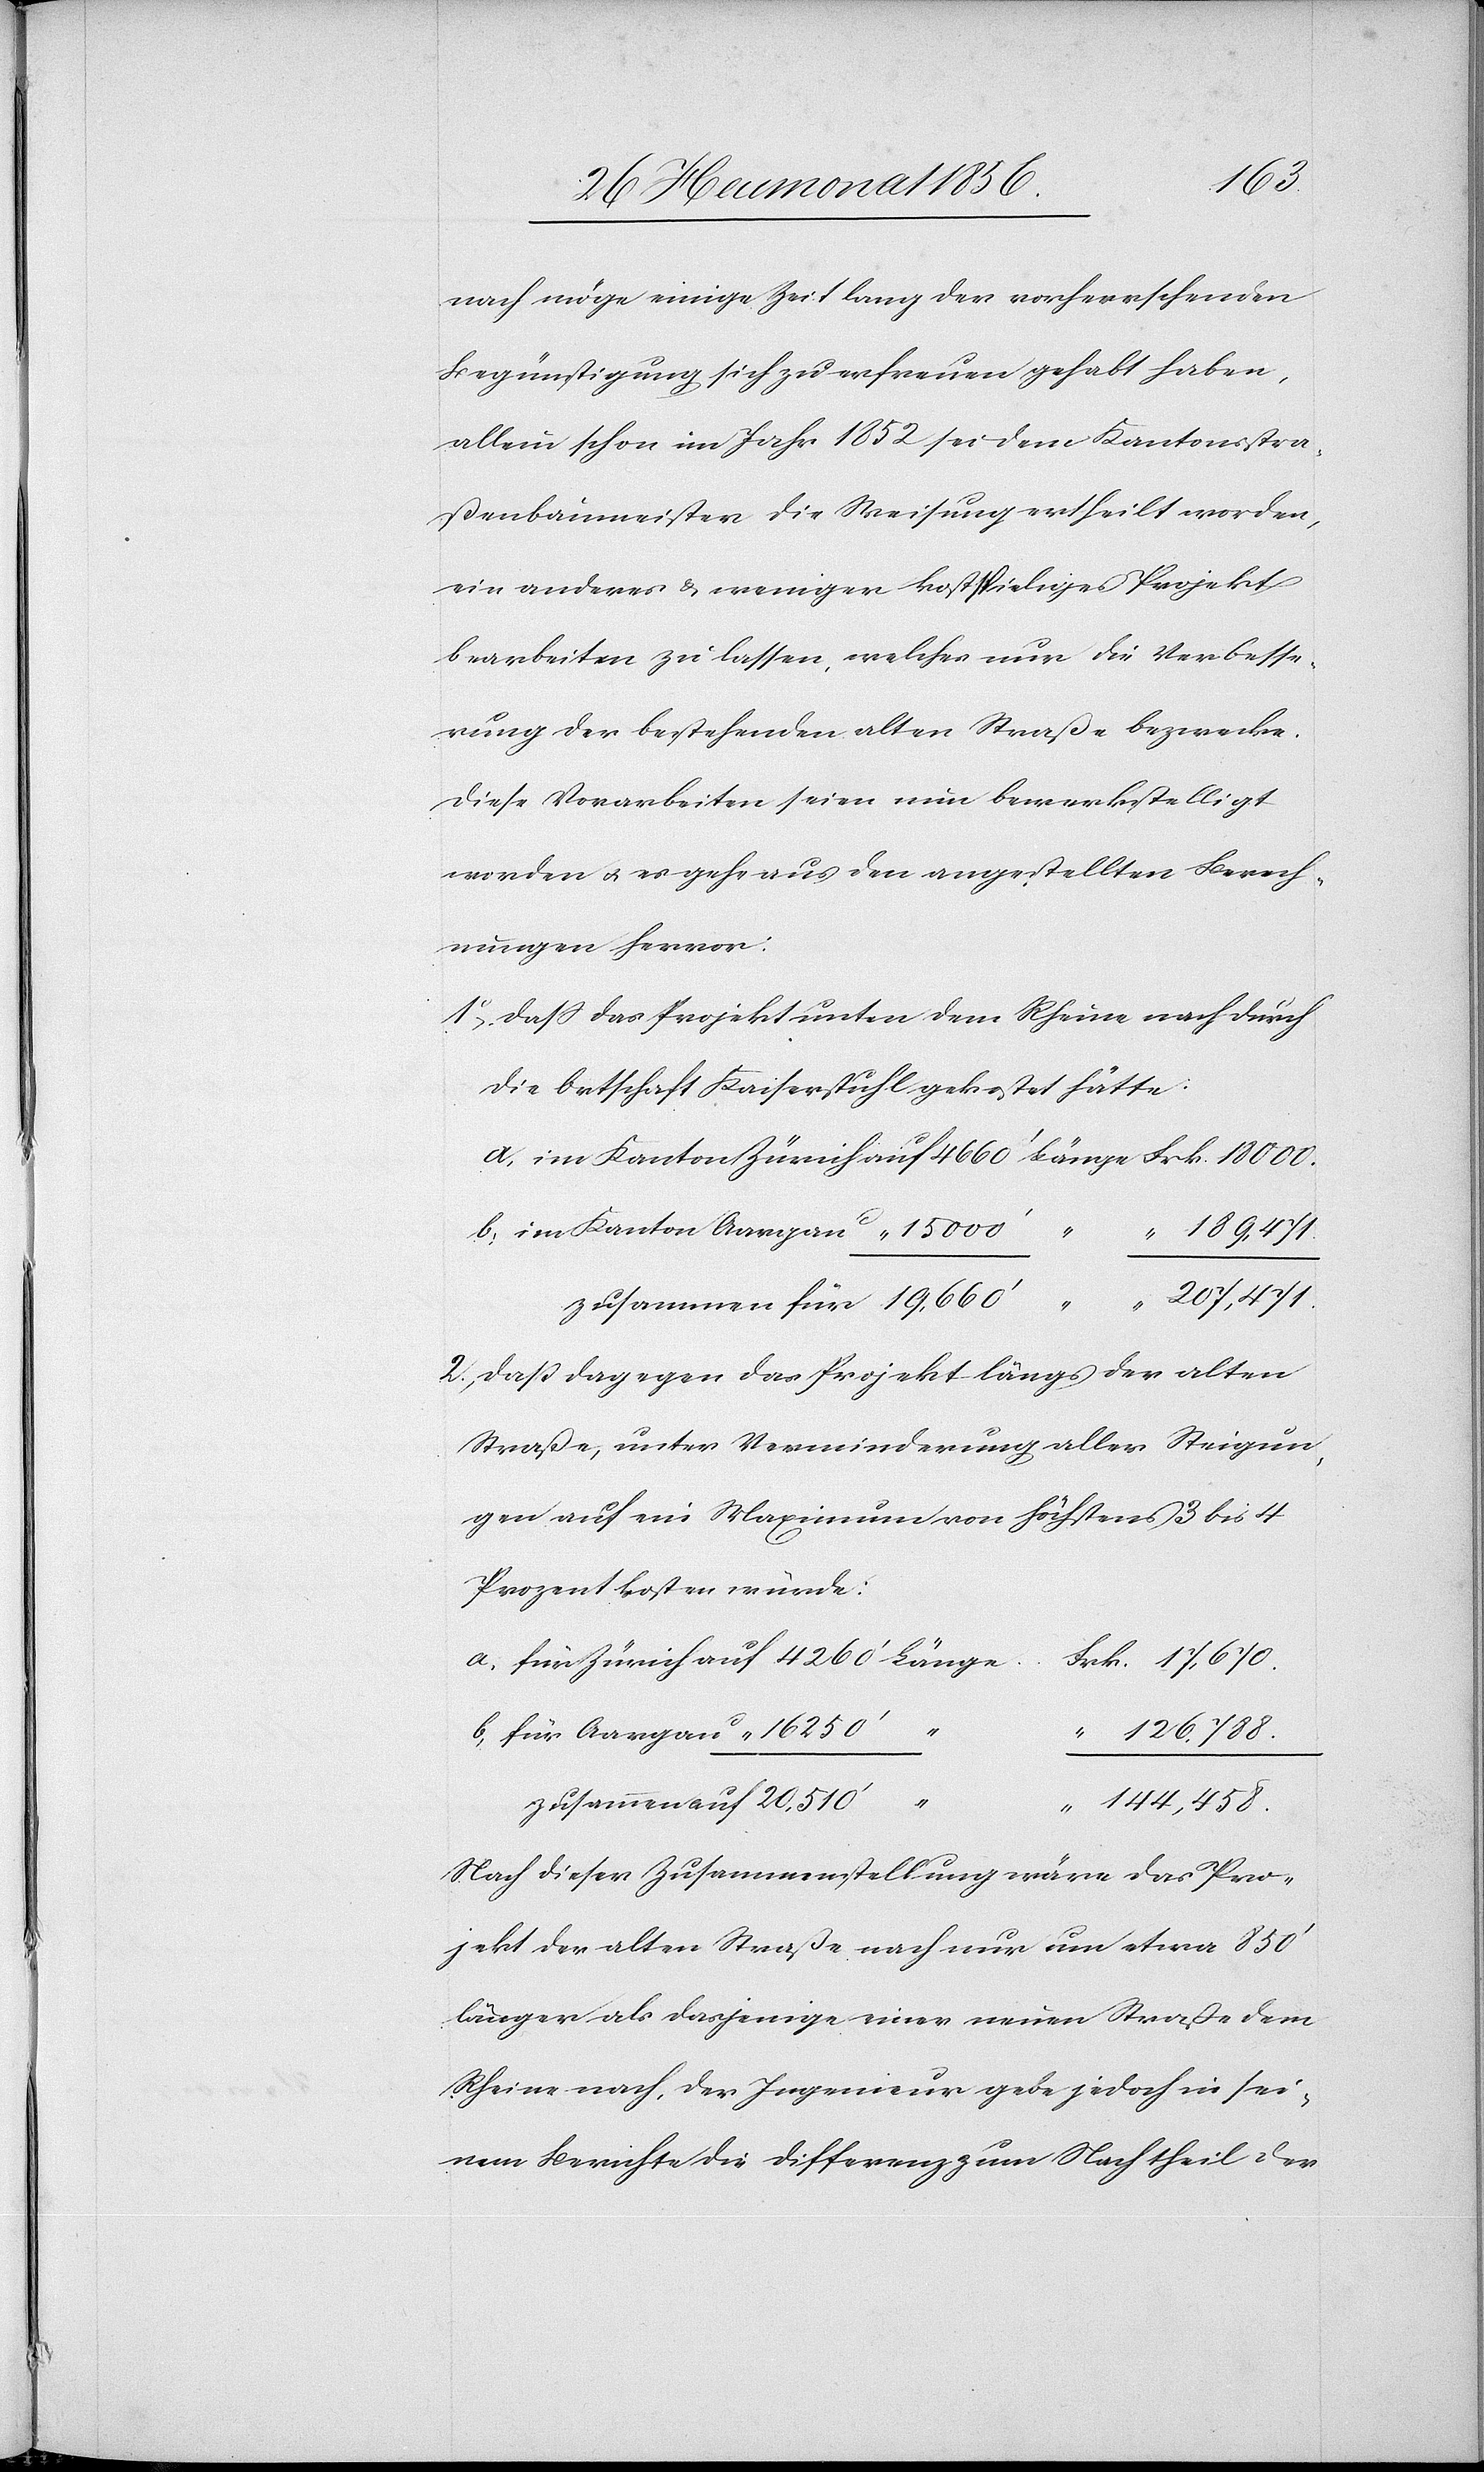
18000.
nach möge einige Zeit lang der vorherrschenden
Begünstigung sich zu erfreuen gehabt haben,
allein schon im Jahr 1852 sei dem Kantonsstra¬
ßenbaumeister die Weisung ertheilt worden,
ein anderes & weniger kostspieliges Projekt
bearbeiten zu lassen, welches nur die Verbesse¬
rung der bestehenden alten Straße bezwecke.
Diese Vorarbeiten seien nun bewerkstelligt
worden u. es gehe aus den angestellten Berech¬
nungen hervor:
1o) dass das Projekt unten dem Rheine nach durch
die Ortschaft Kaiserstuhl gekostet hätte:
2o) dass dagegen das Projekt längs der alten
Straße, unter Verminderung aller Steigun¬
gen auf ein Maximum von höchstens 3 bis 4
Prozent kosten würde:
144,458.
Nach dieser Zusammenstellung wäre das Pro¬
jekt der alten Straße nach nur um etwa 850'
länger als dasjenige einer neuen Straße dem
Rheine nach, der Ingenieur gebe jedoch in sei¬
nem Berichte die Differenz zum Nachtheil der